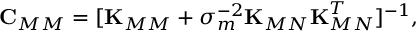
\begin{array} { r } { \boldsymbol { \mathbf { C } } _ { M M } = [ \boldsymbol { \mathbf { K } } _ { M M } + \sigma _ { m } ^ { - 2 } \boldsymbol { \mathbf { K } } _ { M N } \boldsymbol { \mathbf { K } } _ { M N } ^ { T } ] ^ { - 1 } , } \end{array}